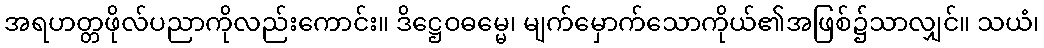
အရဟတ္တဖိုလ်ပညာကိုလည်းကောင်း။ ဒိဋ္ဌေဝဓမ္မေ၊ မျက်မှောက်သောကိုယ်၏အဖြစ်၌သာလျှင်။ သယံ၊